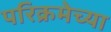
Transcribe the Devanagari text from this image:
परिक्रमेच्या